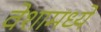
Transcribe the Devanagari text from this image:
वेशामध्ये